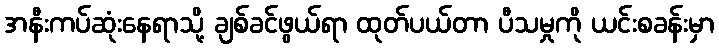
အနီးကပ်ဆုံးနေရာသို့ ချစ်ခင်ဖွယ်ရာ ထုတ်ပယ်တာ ပီသမှုကို ယင်းစခန်းမှာ